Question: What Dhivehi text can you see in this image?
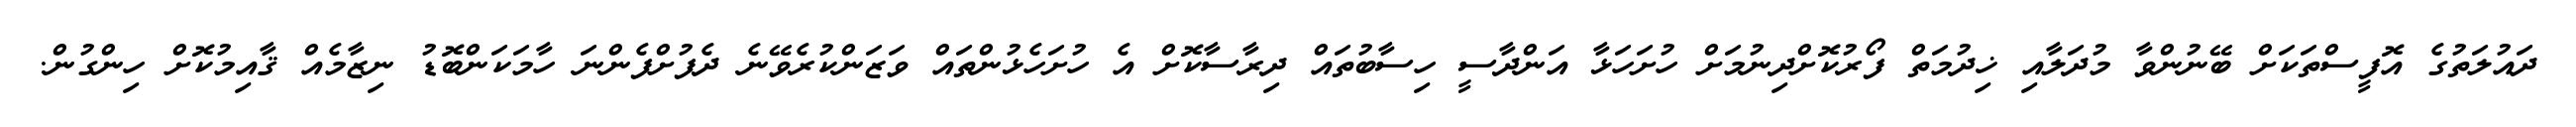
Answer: ދައުލަތުގެ އޮފީސްތަކަށް ބޭނުންވާ މުދަލާއި ޚިދުމަތް ފޯރުކޮށްދިނުމަށް ހުށަހަޅާ އަންދާސީ ހިސާބުތައް ދިރާސާކޮށް އެ ހުށަހެޅުންތައް ވަޒަންކުރެވޭނެ ދެފުށްފެންނަ ހާމަކަންބޮޑު ނިޒާމެއް ޤާއިމުކޮށް ހިންގުން.